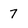
Character: 7